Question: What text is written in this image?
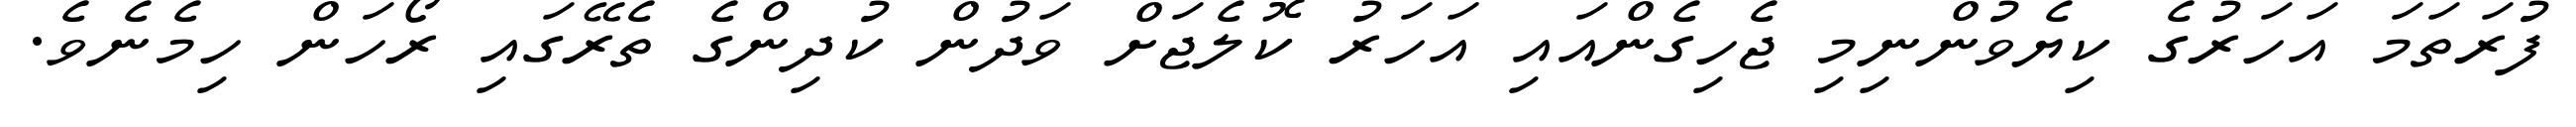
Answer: ފުރަތަމަ އަހަރުގެ ކިޔެވުންނިމި ޖެހިގެންއައި އަހަރު ކޮލެޖަށް ވަދުން ކުދިންގެ ތެރޭގައި ރޯހަން ހިމެނެވެ.